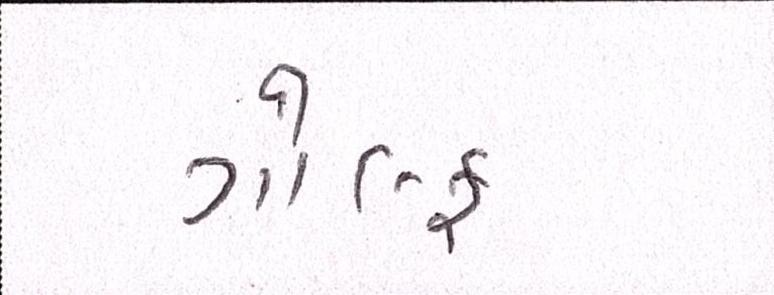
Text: ગોલ્ફ